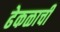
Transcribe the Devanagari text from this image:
ढेकळाची